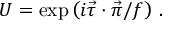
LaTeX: U = \mathrm { e x p } \left( i \vec { \tau } \cdot \vec { \pi } / f \right) \, .